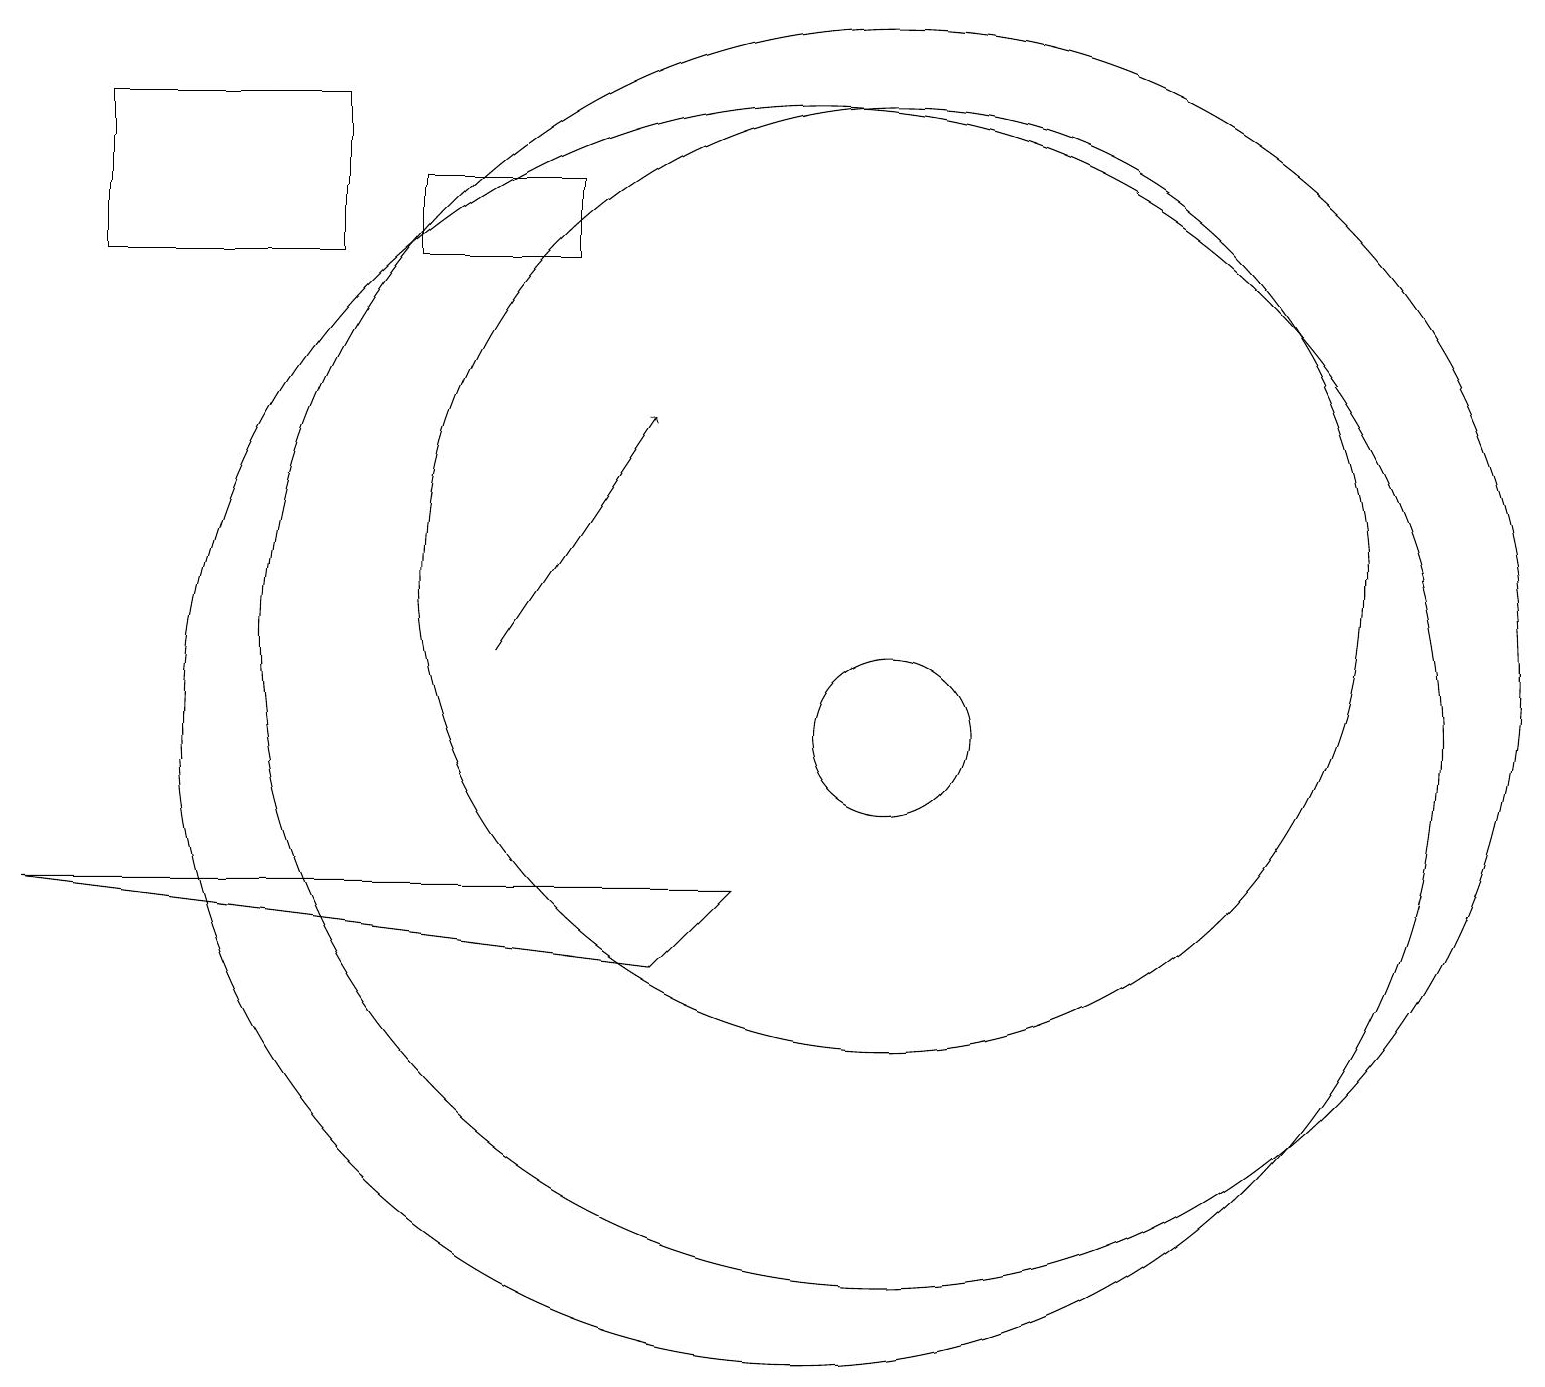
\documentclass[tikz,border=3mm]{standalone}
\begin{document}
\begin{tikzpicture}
\draw (10,10) circle (8);
\draw (11,11) circle (8);
\draw (11,10) circle (1);
\draw[->] (6,11) -- (8,14);
\draw (5,16) rectangle (7,17);
\draw (11,12) circle (6);
\draw (9,8) -- (8,7) -- (0,8) -- cycle;
\draw (1,16) rectangle (4,18);
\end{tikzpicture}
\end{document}